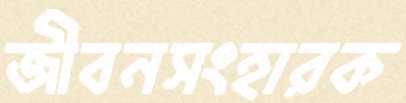
জীবনসংহারক